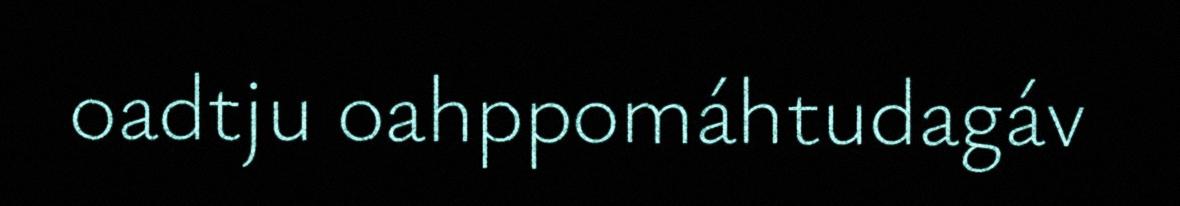
oadtju oahppomáhtudagáv